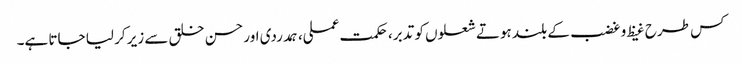
کس طرح غیظ و غضب کے بلند ہوتے شعلوں کو تدبر، حکمت عملی، ہمدردی اور حسن خلق سے زیر کر لیا جاتا ہے۔